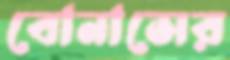
বোনাসের